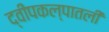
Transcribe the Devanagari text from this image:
द्वीपकल्पातली